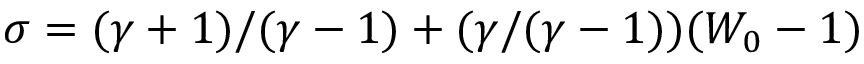
\sigma = ( \gamma + 1 ) / ( \gamma - 1 ) + ( \gamma / ( \gamma - 1 ) ) ( W _ { 0 } - 1 )